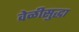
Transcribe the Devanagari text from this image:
वेळीसुद्धा